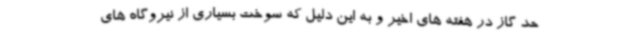
حد گاز در هفته های اخیر و به این دلیل که سوخت بسیاری از نیروگاه های